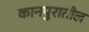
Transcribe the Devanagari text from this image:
कानपुरातील